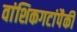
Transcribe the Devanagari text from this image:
वांशिकगटांपैकी